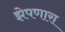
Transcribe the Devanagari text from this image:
झेपणारा